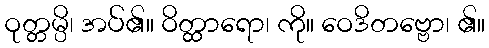
ဝုတ္တမ္ပိ၊ အပ်၏။ ဝိတ္ထာရော၊ ကို။ ဝေဒိတဗ္ဗော၊ ၏။